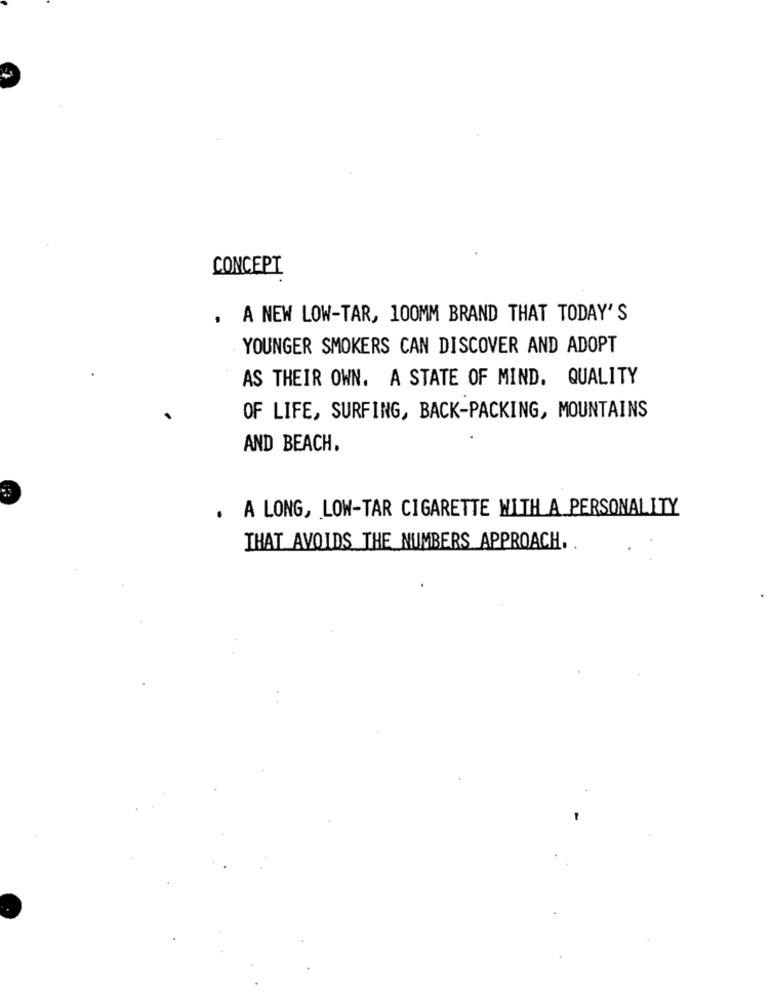
CONCEPT
, A NEW LOW-TAR, 100MM BRAND THAT TODAY'S
YOUNGER SMOKERS CAN DISCOVER AND ADOPT
AS THEIR OWN. A STATE OF MIND. QUALITY
OF LIFE, SURFING, BACK-PACKING, MOUNTAINS
AND BEACH.
. A LONG, LOW-TAR CIGARETTE WITH A PERSONALITY
THAT AVOIDS THE NUMBERS APPROACH. .